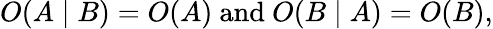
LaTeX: O(A\mid B)=O(A){\mathrm{~and~}}O(B\mid A)=O(B),